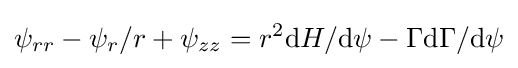
\psi _{rr}-\psi _{r}/r+\psi _{zz}=r^{2}\mathrm {d} H/\mathrm {d} \psi -\Gamma \mathrm {d} \Gamma /\mathrm {d} \psi